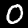
Label: 0